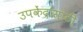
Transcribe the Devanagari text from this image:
उपकेंद्रांसाठी